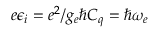
e \epsilon _ { i } = e ^ { 2 } / g _ { e } \hbar C _ { q } = \hbar \omega _ { e }